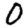
Digit: 0